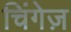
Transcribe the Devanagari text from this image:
चिंगेज़